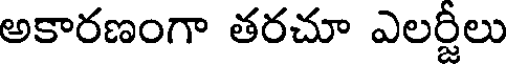
అకారణంగా తరచూ ఎలర్టీలు